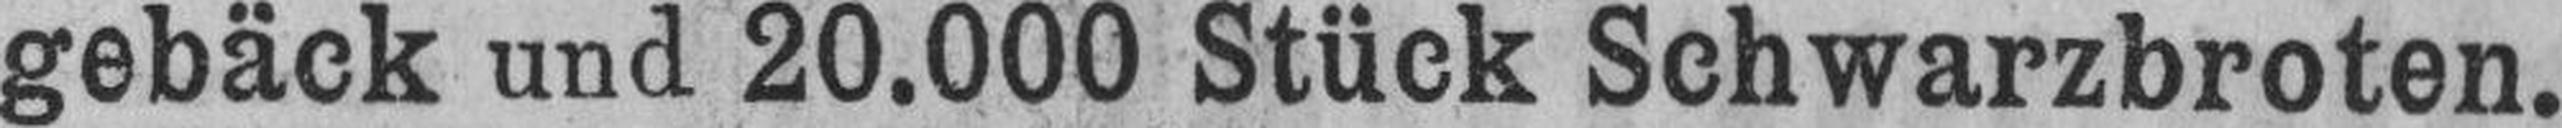
gebäck und 20.000 Stück Schwarzbroten.